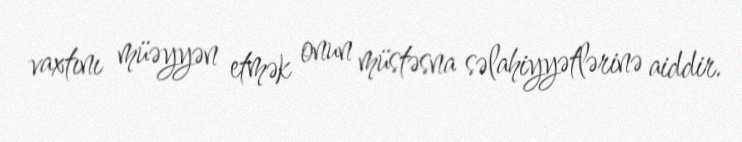
vaxtını müəyyən etmək onun müstəsna səlahiyyətlərinə aiddir.